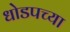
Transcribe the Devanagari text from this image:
धोडपच्या